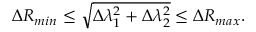
\Delta R _ { m i n } \le \sqrt { \Delta \lambda _ { 1 } ^ { 2 } + \Delta \lambda _ { 2 } ^ { 2 } } \le \Delta R _ { m a x } .